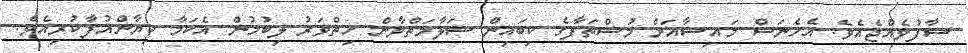
ސާފުވެއްޖެއެވެ. އެހެނަސް މައިޝާއަށް މުސްތަފާގެ ކިބައިން ސަލާމަތްވާން ހިތްވަރު ލިބުމުން އެކަމާ ކިޔާންއުފާކުރިއެވެ.